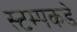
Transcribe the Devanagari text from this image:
स्टम्पकडे